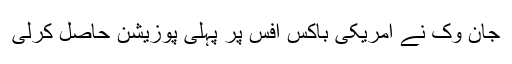
جان وک نے امریکی باکس آفس پر پہلی پوزیشن حاصل کرلی